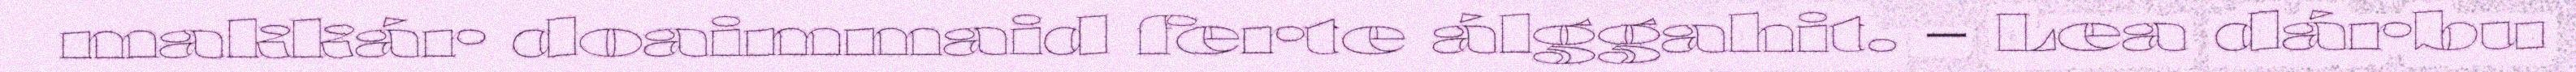
makkár doaimmaid ferte álggahit. – Lea dárbu